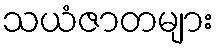
သယံဇာတများ